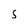
Character: s